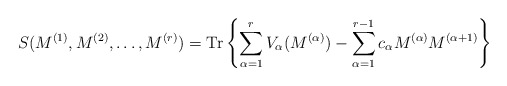
\begin{align*}S(M^{(1)}, M^{(2)}, \ldots, M^{(r)}) = \mbox{Tr} \left\{ \sum_{\alpha=1}^{r} V_{\alpha}(M^{(\alpha)}) - \sum_{\alpha=1}^{r-1} c_{\alpha} M^{(\alpha)}M^{(\alpha+1)} \right\}\end{align*}